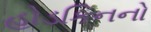
હોડકિનનો